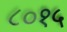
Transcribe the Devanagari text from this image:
८०१५